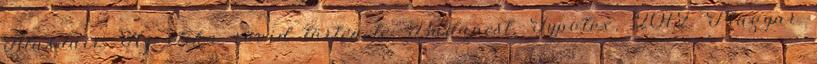
Alasdair: Az etika rövid története. Budapest, Typotex, 2012. Magyar